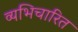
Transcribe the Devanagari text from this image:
व्यभिचारित